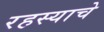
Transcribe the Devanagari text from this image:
रहस्याचे